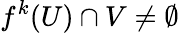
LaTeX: f^{k}(U)\cap V\neq\emptyset